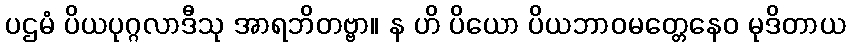
ပဌမံ ပိယပုဂ္ဂလာဒီသု အာရဘိတဗ္ဗာ။ န ဟိ ပိယော ပိယဘာဝမတ္တေနေဝ မုဒိတာယ